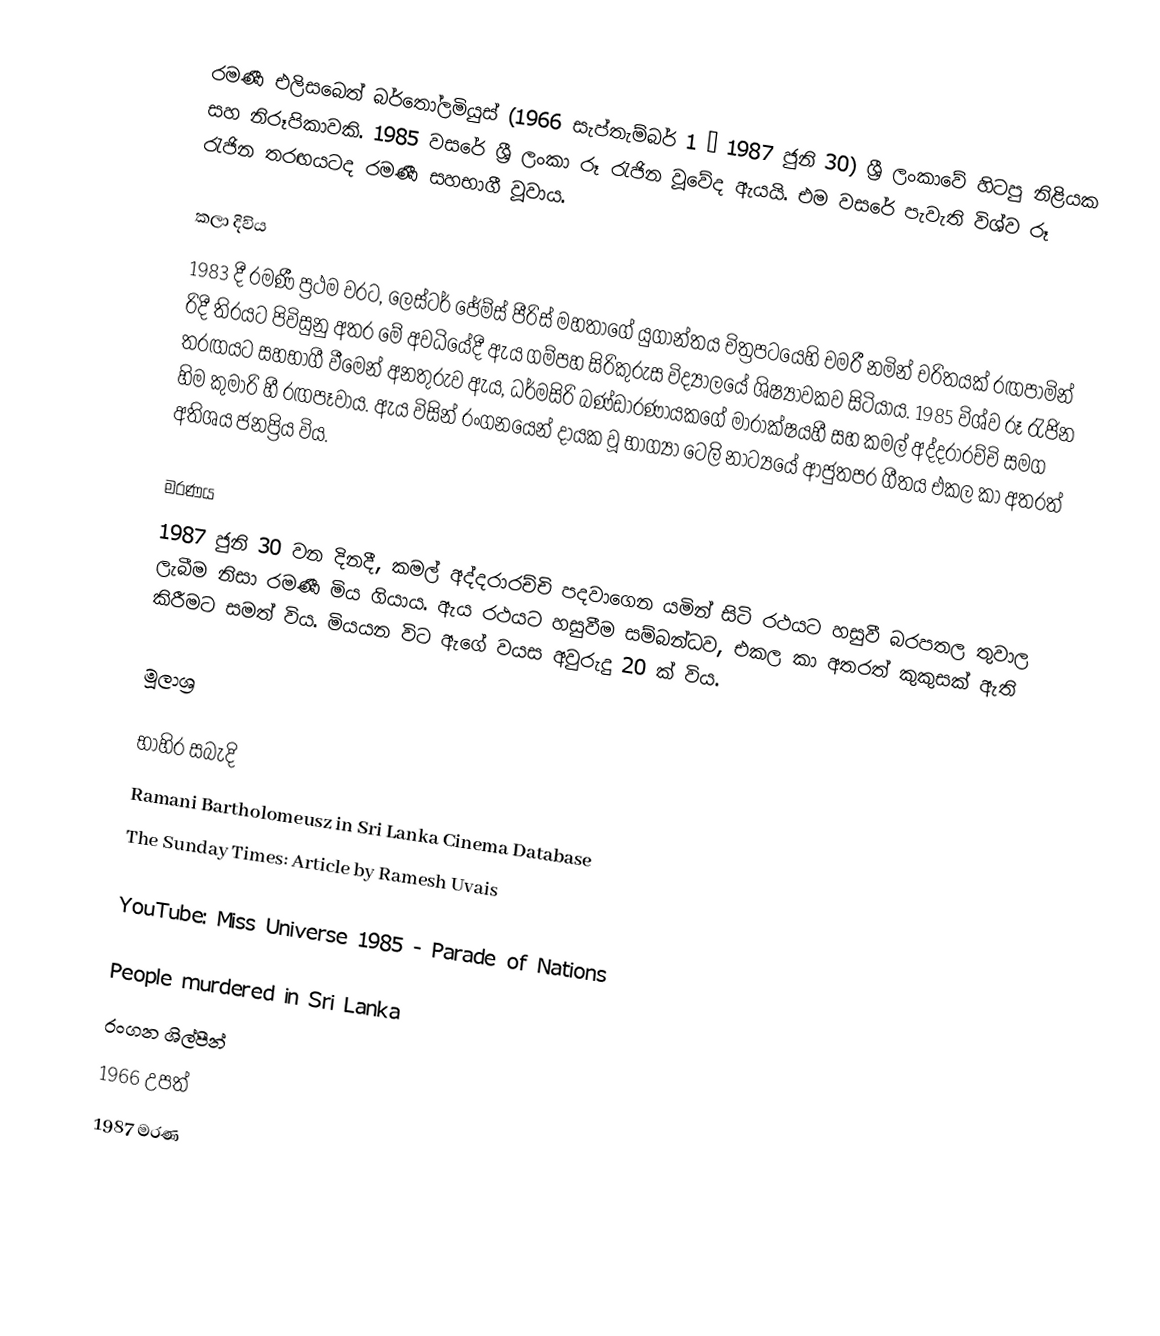
රමණී එලිසබෙත් බර්තෝලමියුස් (1966 සැප්තැම්බර් 1 – 1987 ජුනි 30) ශ්‍රී ලංකාවේ හිටපු නිළියක සහ නිරූපිකාවකි. 1985 වසරේ ශ්‍රී ලංකා රූ රැජින වූවේද ඇයයි. එම වසරේ පැවැති විශ්ව රූ රැජින තරඟයටද රමණී සහභාගී වූවාය.

කලා දිවිය
1983 දී රමණී ප්‍රථම වරට, ලෙස්ටර් ජේම්ස් පීරිස් මහතාගේ යුගාන්තය චිත්‍රපටයෙහි චමරී නමින් චරිතයක් රඟපාමින් රිදී තිරයට පිවිසුනු අතර මේ අවධියේදී ඇය ගම්පහ සිරිකුරුස විද්‍යාලයේ ශිෂ්‍යාවකව සිටියාය. 1985 විශ්ව රූ රැජින තරඟයට සහභාගී වීමෙන් අනතුරුව ඇය, ධර්මසිරි බණ්ඩාරණායකගේ මාරාක්ෂයහී සහ  කමල් අද්දරාරච්චි සමග හිම කුමාරි හී රඟපෑවාය. ඇය විසින් රංගනයෙන් දායක වූ භාග්‍යා ටෙලි නාට්‍යයේ ආජුතපර ගීතය එකල කා අතරත් අතිශය ජනප්‍රිය විය.

මරණය
1987 ජුනි 30 වන දිනදී, කමල් අද්දරාරච්චි පදවාගෙන යමින් සිටි රථයට හසුවී බරපතල තුවාල ලැබීම නිසා රමණී මිය ගියාය. ඇය රථයට හසුවීම සම්බන්ධව, එකල කා අතරත් කුකුසක් ඇති කිරීමට සමත් විය. මියයන විට ඇගේ වයස අවුරුදු 20 ක් විය.

මූලාශ්‍ර

භාහිර සබැදි
Ramani Bartholomeusz in Sri Lanka Cinema Database
The Sunday Times: Article by Ramesh Uvais

YouTube: Miss Universe 1985 - Parade of Nations

People murdered in Sri Lanka
රංගන ශිල්පීන්
1966 උපත්
1987 මරණ